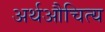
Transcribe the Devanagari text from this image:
अर्थऔचित्य